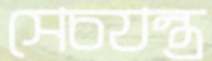
সেচযন্ত্র